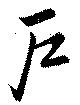
戸